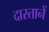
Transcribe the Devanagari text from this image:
दास्तानें